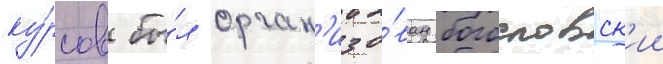
ку́рсов бы́л орган'изо́ван богословск'ии